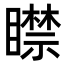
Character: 𥋴